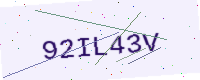
Text: 92IL43V